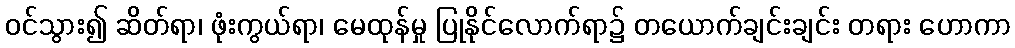
ဝင်သွား၍ ဆိတ်ရာ၊ ဖုံးကွယ်ရာ၊ မေထုန်မှု ပြုနိုင်လောက်ရာ၌ တယောက်ချင်းချင်း တရား ဟောကာ